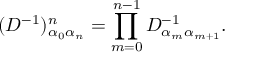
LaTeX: ( D ^ { - 1 } ) _ { \alpha _ { 0 } \alpha _ { n } } ^ { n } = \prod _ { m = 0 } ^ { n - 1 } D _ { \alpha _ { m } \alpha _ { m + 1 } } ^ { - 1 } .